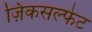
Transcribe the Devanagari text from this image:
ज़िंकसल्फेट